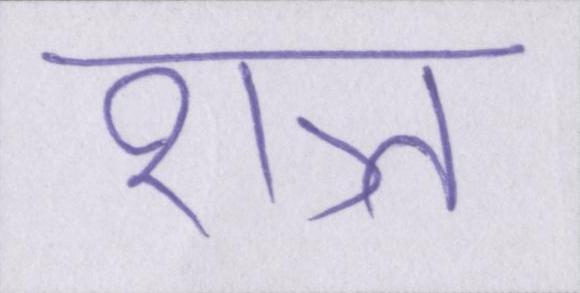
शत्र्त